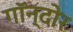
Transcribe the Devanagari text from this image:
गॉन्दोर